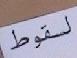
لسقوط